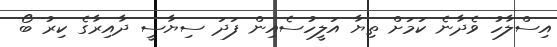
އިސްލާހު ވެދާނެ ކަމަށް ތިޔާ އަލީހުސެއިން ފަދަ ސިޔާސީ ދާއިރާގެ ކިރު ބޯ